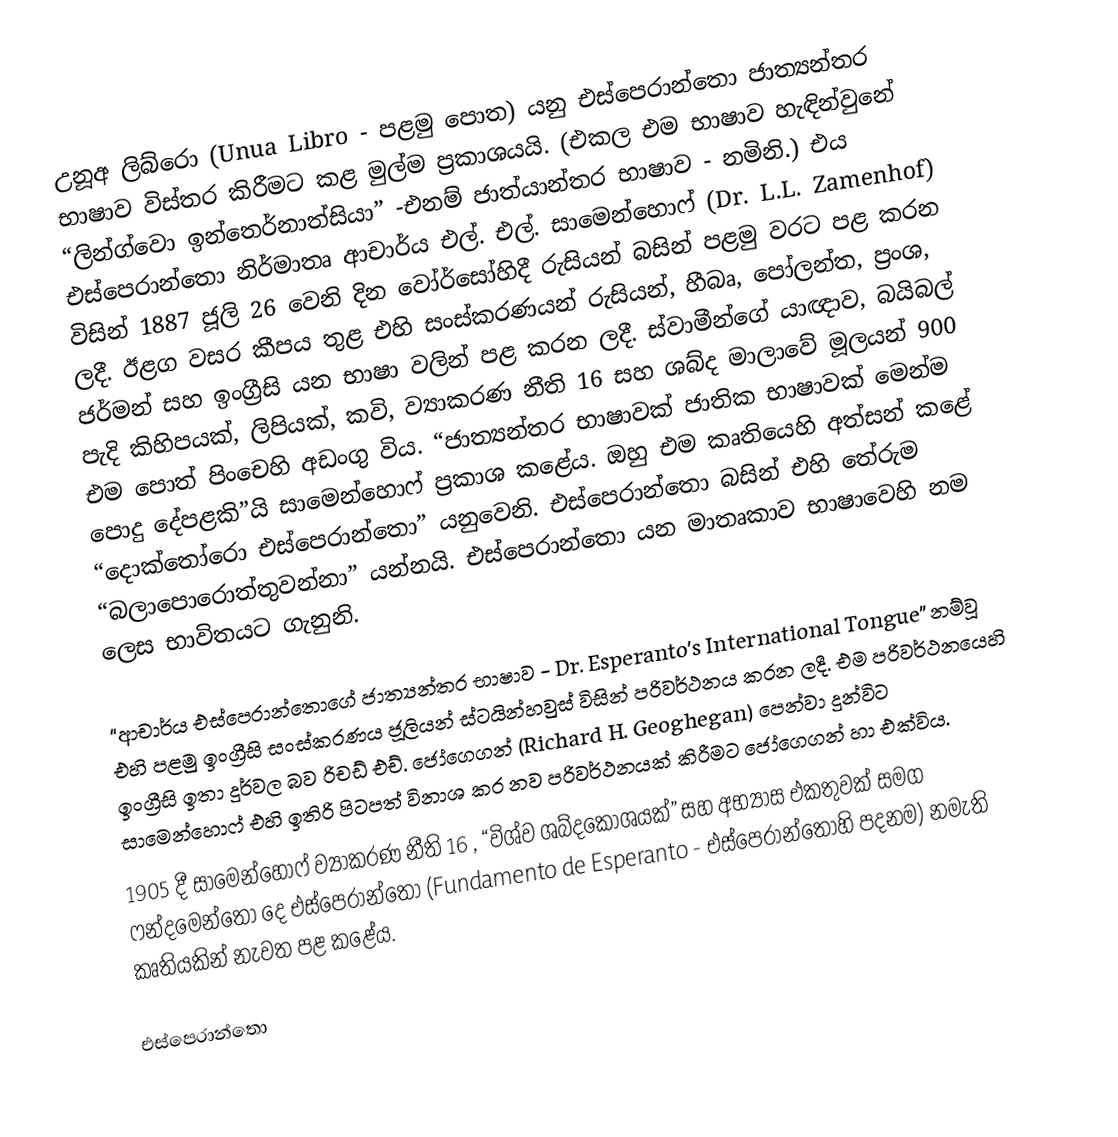
උනූඅ ලිබ්රො (Unua Libro - පළමු පොත) යනු එස්පෙරාන්තො ජාත්‍යන්තර භාෂාව විස්තර කිරීමට කළ මුල්ම ප්‍රකාශයයි. (එකල එම භාෂාව හැඳින්වුනේ “ලින්ග්වො ඉන්තෙර්නාත්සියා” -එනම් ජාත්යාන්තර භාෂාව - නමිනි.) එය එස්පෙරාන්තො නිර්මාතෘ ආචාර්ය එල්. එල්. සාමෙන්හොෆ් (Dr. L.L. Zamenhof) විසින් 1887 ජූලි 26 වෙනි දින වෝර්සෝහිදී රුසියන් බසින් පළමු වරට පළ කරන ලදී. ඊළග වසර කීපය තුළ එහි සංස්කරණයන් රුසියන්, හීබෘ, පෝලන්ත, ප්‍රංශ, ජර්මන් සහ ඉංග්‍රීසි යන භාෂා වලින් පළ කරන ලදී. ස්වාමීන්ගේ යාඥාව, බයිබල් පැදි කිහිපයක්, ලිපියක්, කවි, ව්‍යාකරණ නීති 16 සහ ශබ්ද මාලාවේ මූලයන් 900 එම පොත් පිංචෙහි අඩංගු විය. “ජාත්‍යන්තර භාෂාවක් ජාතික භාෂාවක් මෙන්ම පොදු දේපළකි”යි සාමෙන්හොෆ් ප්‍රකාශ කළේය. ඔහු එම කෘතියෙහි අත්සන් කළේ “දොක්තෝරො එස්පෙරාන්තො” යනුවෙනි. එස්පෙරාන්තො බසින් එහි තේරුම “බලාපොරොත්තුවන්නා” යන්නයි. එස්පෙරාන්තො යන මාතෘකාව භාෂාවෙහි නම ලෙස භාවිතයට ගැනුනි.

“ආචාර්ය එස්පෙරාන්තොගේ ජාත්‍යන්තර භාෂාව - Dr. Esperanto’s International Tongue” නම්වූ එහි පළමු ඉංග්‍රීසි සංස්කරණය ජූලියන් ස්ටයින්හවුස් විසින් පරිවර්ථනය කරන ලදී. එම පරිවර්ථනයෙහි ඉංග්‍රීසි ඉතා දුර්වල බව රිචඩ් එච්. ජෝගෙගන් (Richard H. Geoghegan) පෙන්වා දුන්විට සාමෙන්හොෆ් එහි ඉතිරි පිටපත් විනාශ කර නව පරිවර්ථනයක් කිරීමට ජෝගෙගන් හා එක්විය.
1905 දී සාමෙන්හොෆ් ව්‍යාකරණ නීති 16 , “විශ්ව ශබ්දකෝශයක්” සහ අභ්‍යාස එකතුවක් සමග ෆන්දමෙන්තො දෙ එස්පෙරාන්තො (Fundamento de Esperanto - එස්පෙරාන්තොහි පදනම) නමැති කෘතියකින් නැවත පළ කළේය.

එස්පෙරාන්තො